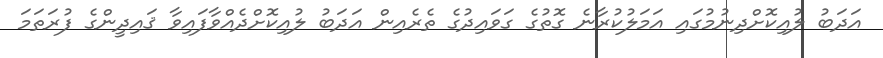
އަދަބު ލުއިކޮށްދިނުމުގައި އަމަލުކުރާނެ ގޮތުގެ ގަވައިދުގެ ތެރެއިން އަދަބު ލުއިކޮށްދެއްވާފައިވާ ޤައިދީންގެ ފުރަތަމަ